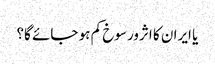
یا ایران کا اثرورسوخ کم ہو جائے گا؟